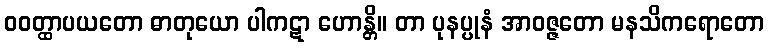
ဝဝတ္ထာပယတော ဓာတုယော ပါကဋာ ဟောန္တိ။ တာ ပုနပ္ပုနံ အာဝဇ္ဇတော မနသိကရောတော